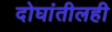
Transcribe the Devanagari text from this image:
दोघांतीलही